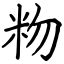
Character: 粅